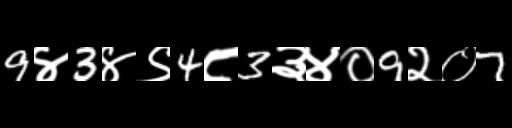
Text: 9४3४९4८3३४०9२०7